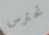
تحترس